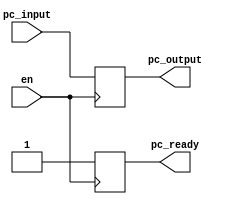
`timescale 1ns / 1ps
//////////////////////////////////////////////////////////////////////////////////
/*
The program counter register, triggered by the positive edge of the WB clock of the previous instruction
Function:   Passes the program counter to the instruction memory to begin the next instruction 
Inputs:     32-bit program counter
Outputs:    32-bit program counter
*/
//////////////////////////////////////////////////////////////////////////////////


module program_counter(
    input en,
    input [31:0] pc_input,
    output reg [31:0] pc_output,
    output reg pc_ready
    );
    
    // set default PC to 0 at the start
    initial
    begin
        pc_output<=32'd0;
    end
    
    always @(posedge en)
        begin
            pc_ready <= 1'b0;
            pc_output <= pc_input;  // passes the PC to the output
            pc_ready <= 1'b1;
        end
endmodule